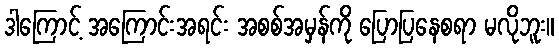
ဒါကြောင့် အကြောင်းအရင်း အစစ်အမှန်ကို ပြောပြနေစရာ မလိုဘူး။